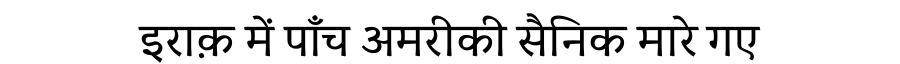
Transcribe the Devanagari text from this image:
इराक़ में पाँच अमरीकी सैनिक मारे गए